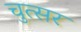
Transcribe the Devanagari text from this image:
चुत्सर